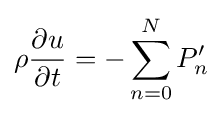
\rho {\frac {\partial u}{\partial t}}=-\sum _{n=0}^{N}P'_{n}